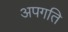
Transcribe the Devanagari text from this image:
अपगति